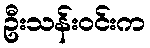
ဦးသန်းဝင်းက